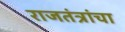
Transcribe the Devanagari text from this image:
राजतंत्रांचा